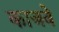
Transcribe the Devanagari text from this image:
काजवे